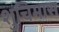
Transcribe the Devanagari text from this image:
शुचिमास